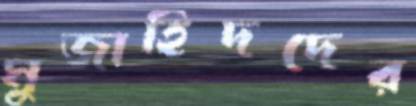
মুজাহিদদের